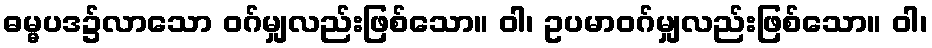
ဓမ္မပဒ၌လာသော ဝဂ်မျှလည်းဖြစ်သော။ ဝါ၊ ဥပမာဝဂ်မျှလည်းဖြစ်သော။ ဝါ၊